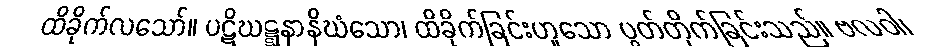
ထိခိုက်လသော်။ ပဋိဃဋ္ဋနာနိဃံသော၊ ထိခိုက်ခြင်းဟူသော ပွတ်တိုက်ခြင်းသည်။ ဗလဝါ၊